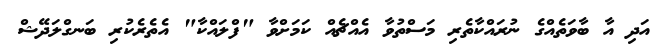
އަދި އާ ބާވަތެއްގެ ނުރައްކާތެރި މަސްތުވާ އެއްޗެއް ކަމަށްވާ "ފްލައްކާ" އެތެރެކުރި ބަނގްލަދޭޝް